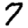
Digit: 7